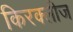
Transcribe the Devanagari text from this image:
किरक्लीज